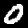
Digit: 0